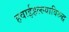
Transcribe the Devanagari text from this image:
हवाईहल्ल्याविरुद्ध